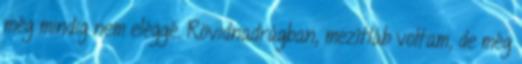
még mindig nem eléggé. Rövidnadrágban, mezítláb voltam, de még